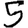
Digit: 5